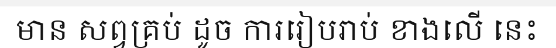
មាន សព្វគ្រប់ ដូច ការរៀបរាប់ ខាងលើ នេះ